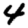
Digit: 4